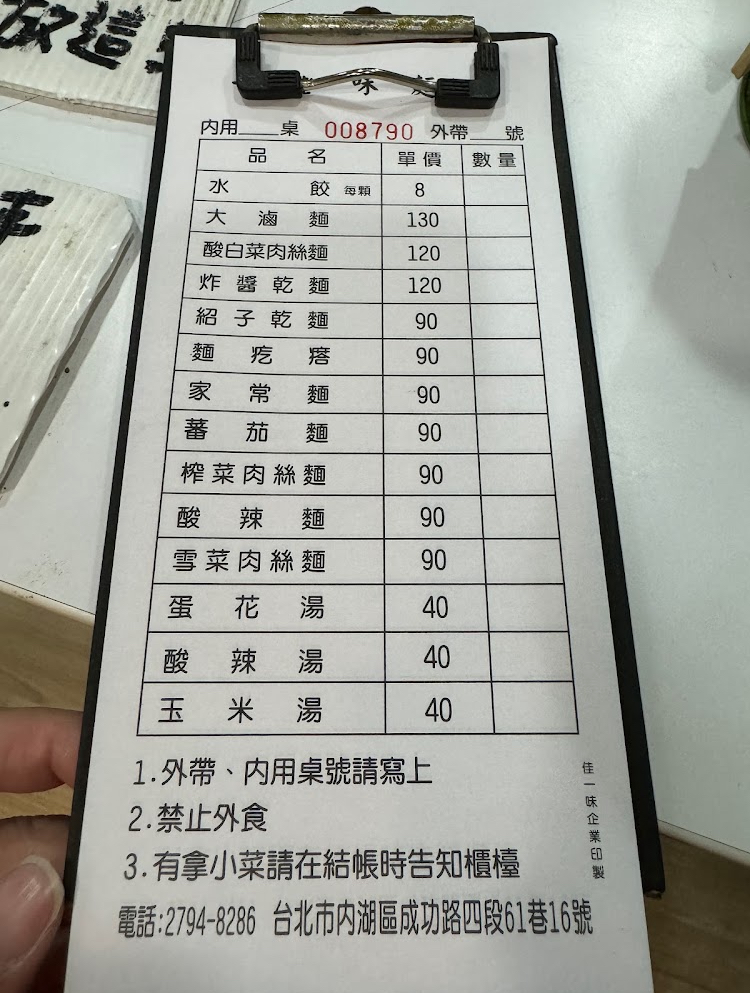
地址：台北市內湖區成功路四段61巷16號
電話：2794-8286
菜單：
name: 水餃
price: 8
name: 大滷麵
price: 130
name: 酸白菜肉絲麵
price: 120
name: 炸醬乾麵
price: 120
name: 紹子乾麵
price: 90
name: 家常麵
price: 90
name: 蕃茄肉絲麵
price: 90
name: 榨菜肉絲麵
price: 90
name: 酸辣麵
price: 90
name: 雪菜肉絲麵
price: 90
name: 蛋花湯
price: 40
name: 酸辣湯
price: 40
name: 玉米湯
price: 40